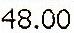
48.00